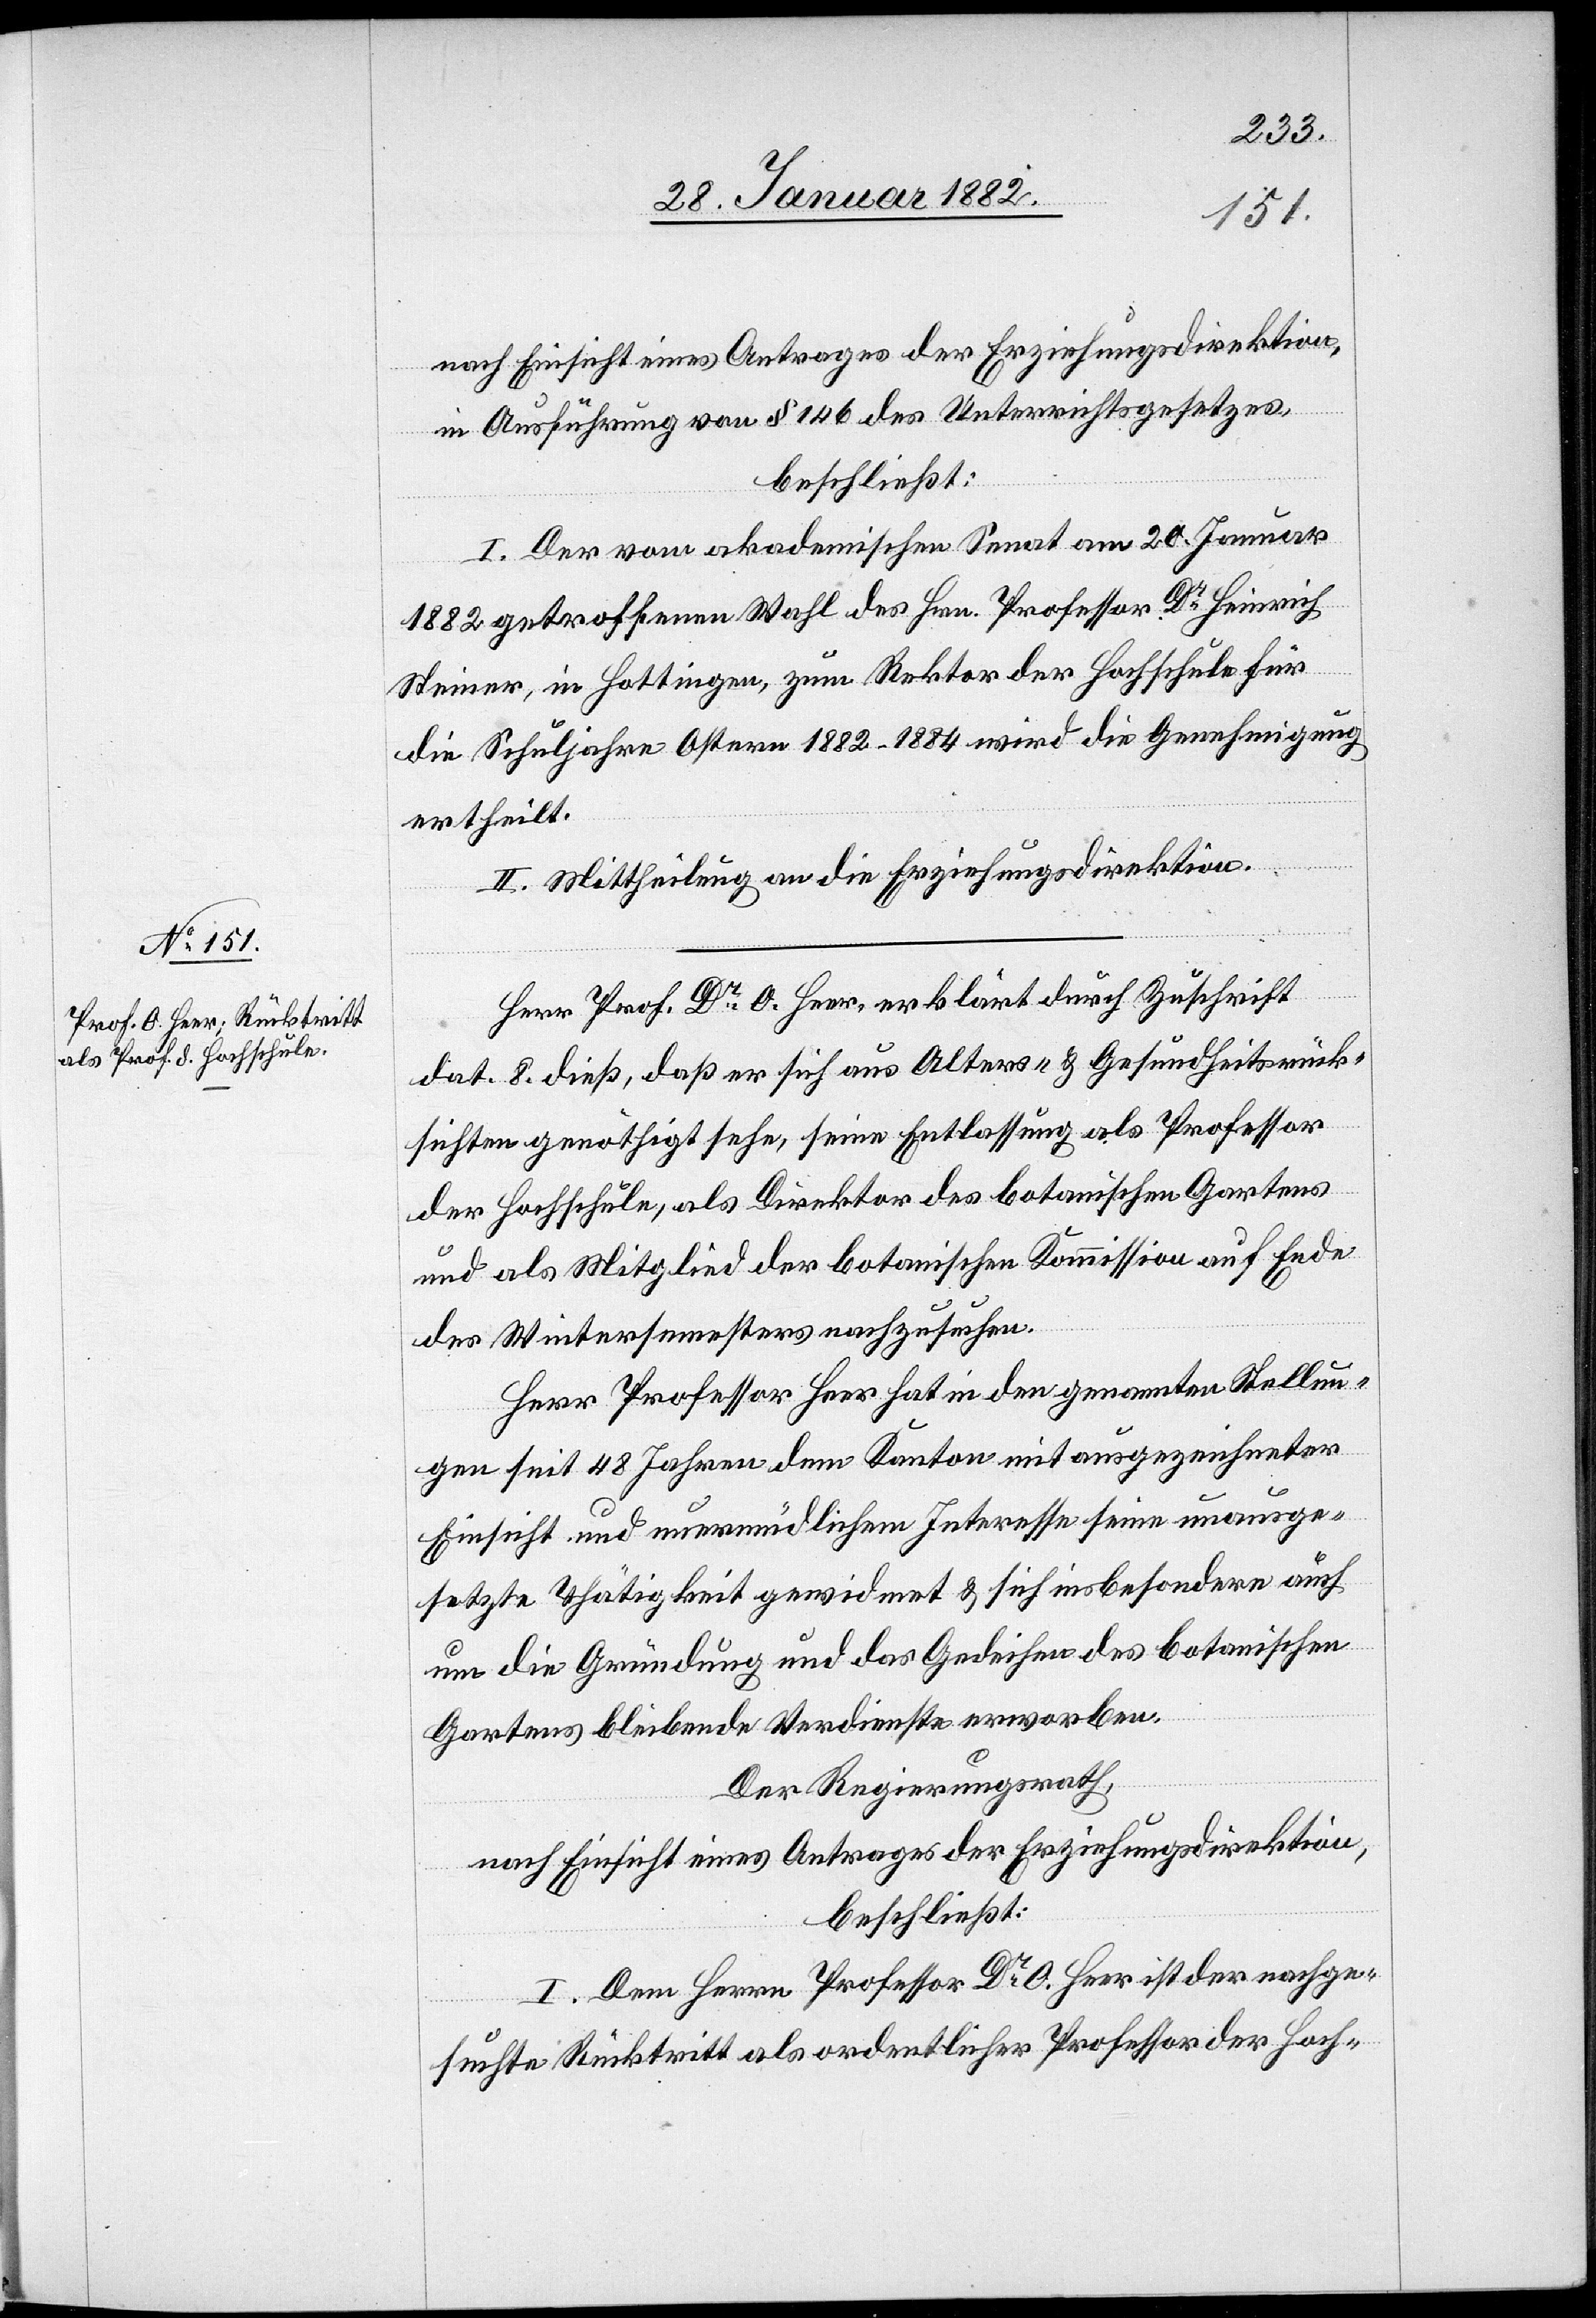
nach Einsicht eines Antrages der Erziehungsdirektion,
in Ausführung von § 146 des Unterrichtsgesetzes,
beschließt:
I. Der vom akademischen Senat am 20. Januar
1882 getroffenen Wahl des Hrn. Professor Dr Heinrich
Steiner, in Hottingen, zum Rektor der Hochschule für
die Schuljahre Ostern 1882–1884 wird die Genehmigung
ertheilt.
II. Mittheilung an die Erziehungsdirektion.
Herr Prof. Dr O. Heer, erklärt durch Zuschrift
dat. 8. dieß, daß er sich aus Alters- & Gesundheitsrück¬
sichten genöthigt sehe, seine Entlassung als Professor
der Hochschule, als Direktor des botanischen Gartens
und als Mitglied der botanischen Kommission auf Ende
des Wintersemesters nachzusuchen.
Herr Professor Heer hat in den genannten Stellun¬
gen seit 48 Jahren dem Kanton mit ausgezeichneter
Einsicht und unermüdlichem Interesse seine unausge¬
setzte Thätigkeit gewidmet & sich insbesondere auch
um die Gründung und das Gedeihen des botanischen
Gartens bleibende Verdienste erworben.
Der Regierungsrath,
nach Einsicht eines Antrages der Erziehungsdirektion,
beschließt:
I. Dem Herrn Professor Dr O. Heer ist der nachge¬
suchte Rücktritt als ordentlicher Professor der Hoch-